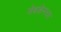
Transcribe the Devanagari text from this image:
वेबकॅमचा